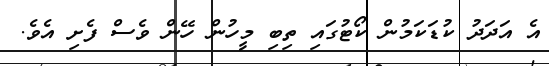
އެ އަދަދު ކުޑަކަމުން ކޯޓުގައި ތިބި މީހުން ހޭން ވެސް ފެށި އެވެ.